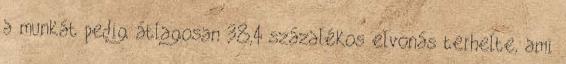
a munkát pedig átlagosan 38,4 százalékos elvonás terhelte, ami